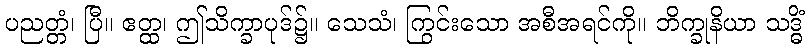
ပညတ္တံ၊ ပြီ။ ဧတ္ထ၊ ဤသိက္ခာပုဒ်၌။ သေသံ၊ ကြွင်းသော အစီအရင်ကို။ ဘိက္ခုနိယာ သဒ္ဓိံ